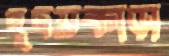
হূদয়কাড়া